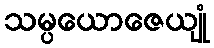
သမ္ပယောဇေယျုံ